Vaccination in the Punjab 1867-1880 - 1867-1880
Year: 1867
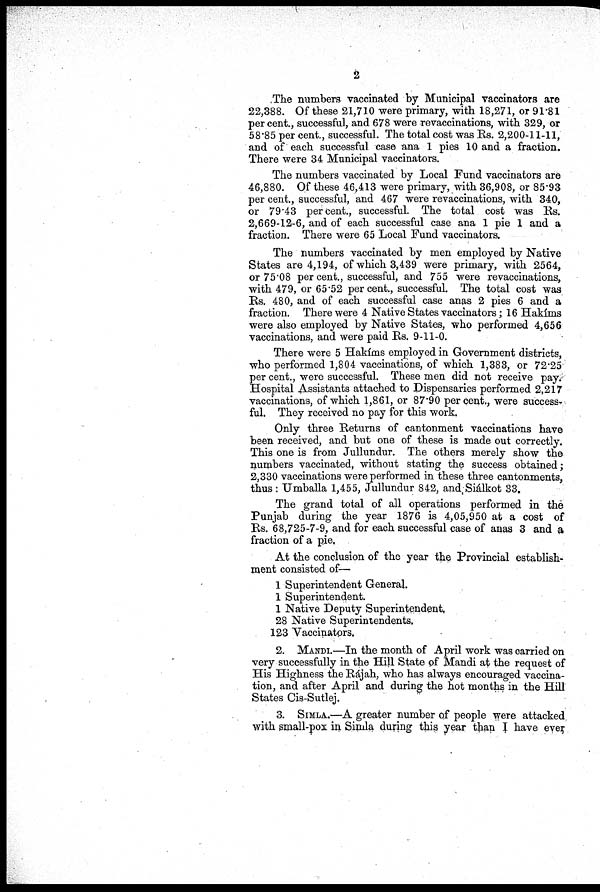
2
The numbers vaccinated by Municipal vaccinators are
22,388. Of these 21,710 were primary, with 18,271, or 91.81
per cent., successful, and 678 were revaccinations, with 329, or
58.85 per cent., successful. The total cost was Rs. 2,200-11-11,
and of each successful case ana 1 pies 10 and a fraction.
There were 34 Municipal vaccinators.
The numbers vaccinated by Local Fund vaccinators are
46,880. Of these 46,413 were primary, with 36,908, or 85.93
per cent., successful, and 467 were revaccinations, with 340,
or 79.43 per cent., successful. The total cost was Rs.
2,669-12-6, and of each successful case ana 1 pie 1 and a
fraction. There were 65 Local Fund vaccinators.
The numbers vaccinated by men employed by Native
States are 4,194, of which 3,439 were primary, with 2564,
or 75.08 per cent., successful, and 755 were revaccinations,
with 479, or 65.52 per cent., successful. The total cost was
Rs. 480, and of each successful case anas 2 pies 6 and a
fraction. There were 4 Native States vaccinators; 16 Hakíms
were also employed by Native States, who performed 4,656
vaccinations, and were paid Rs. 9-11-0.
There were 5 Hakíms employed in Government districts,
who performed 1,804 vaccinations, of which 1,383, or 72.25
per cent., were successful. These men did not receive pay.
Hospital Assistants attached to Dispensaries performed 2,217
vaccinations, of which 1,861, or 87.90 per cent., were success-
ful. They received no pay for this work.
Only three Returns of cantonment vaccinations have
been received, and but one of these is made out correctly.
This one is from Jullundur. The others merely show the
numbers vaccinated, without stating the success obtained;
2,330 vaccinations were performed in these three cantonments,
thus : Umballa 1,455, Jullundur 842, and Siálkot 33.
The grand total of all operations performed in the
Punjab during the year 1876 is 4,05,950 at a cost of
Rs. 68,725-7-9, and for each successful case of anas 3 and a
fraction of a pie,
At the conclusion of the year the Provincial establish-
ment consisted of—
1 Superintendent General.
1 Superintendent.
1 Native Deputy Superintendent,
28 Native Superintendents.
123 Vaccinators.
2. MANDI.—In the month of April work was carried on
very successfully in the Hill State of Mandi at the request of
His Highness the Rájah, who has always encouraged vaccina-
tion, and after April and during the hot months in the Hill
States Cis-Sutlej.
3. SIMLA.—A greater number of people were attacked
with small-pox in Simla during this year than I have ever